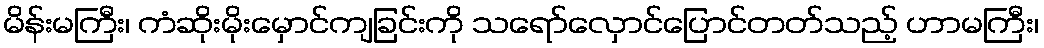
မိန်းမကြီး၊ ကံဆိုးမိုးမှောင်ကျခြင်းကို သရော်လှောင်ပြောင်တတ်သည့် ဟာမကြီး၊